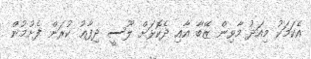
އެކަމަކު މިއަދު މާވިން ޒޭބާ އާއި ދެކޮޅަށް ލޫސީ ދިފާޢު ކުރަން ފެށުމުން